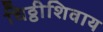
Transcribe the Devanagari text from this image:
चिठ्ठीशिवाय